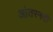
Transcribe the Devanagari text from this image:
आंतरनदी